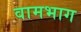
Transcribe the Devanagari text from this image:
वामभाग